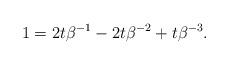
LaTeX: \begin{align*}1=2t\beta^{-1}-2t\beta^{-2}+t\beta^{-3}. \end{align*}